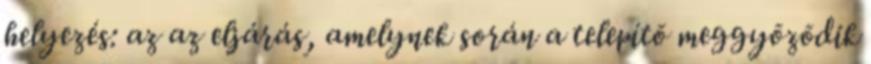
helyezés: az az eljárás, amelynek során a telepítõ meggyõzõdik